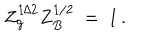
LaTeX: Z _ { g } ^ { 1 / 2 } Z _ { B } ^ { 1 / 2 } \ = \ 1 \, .